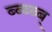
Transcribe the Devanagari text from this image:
ब्ब्ब्ब्ब्